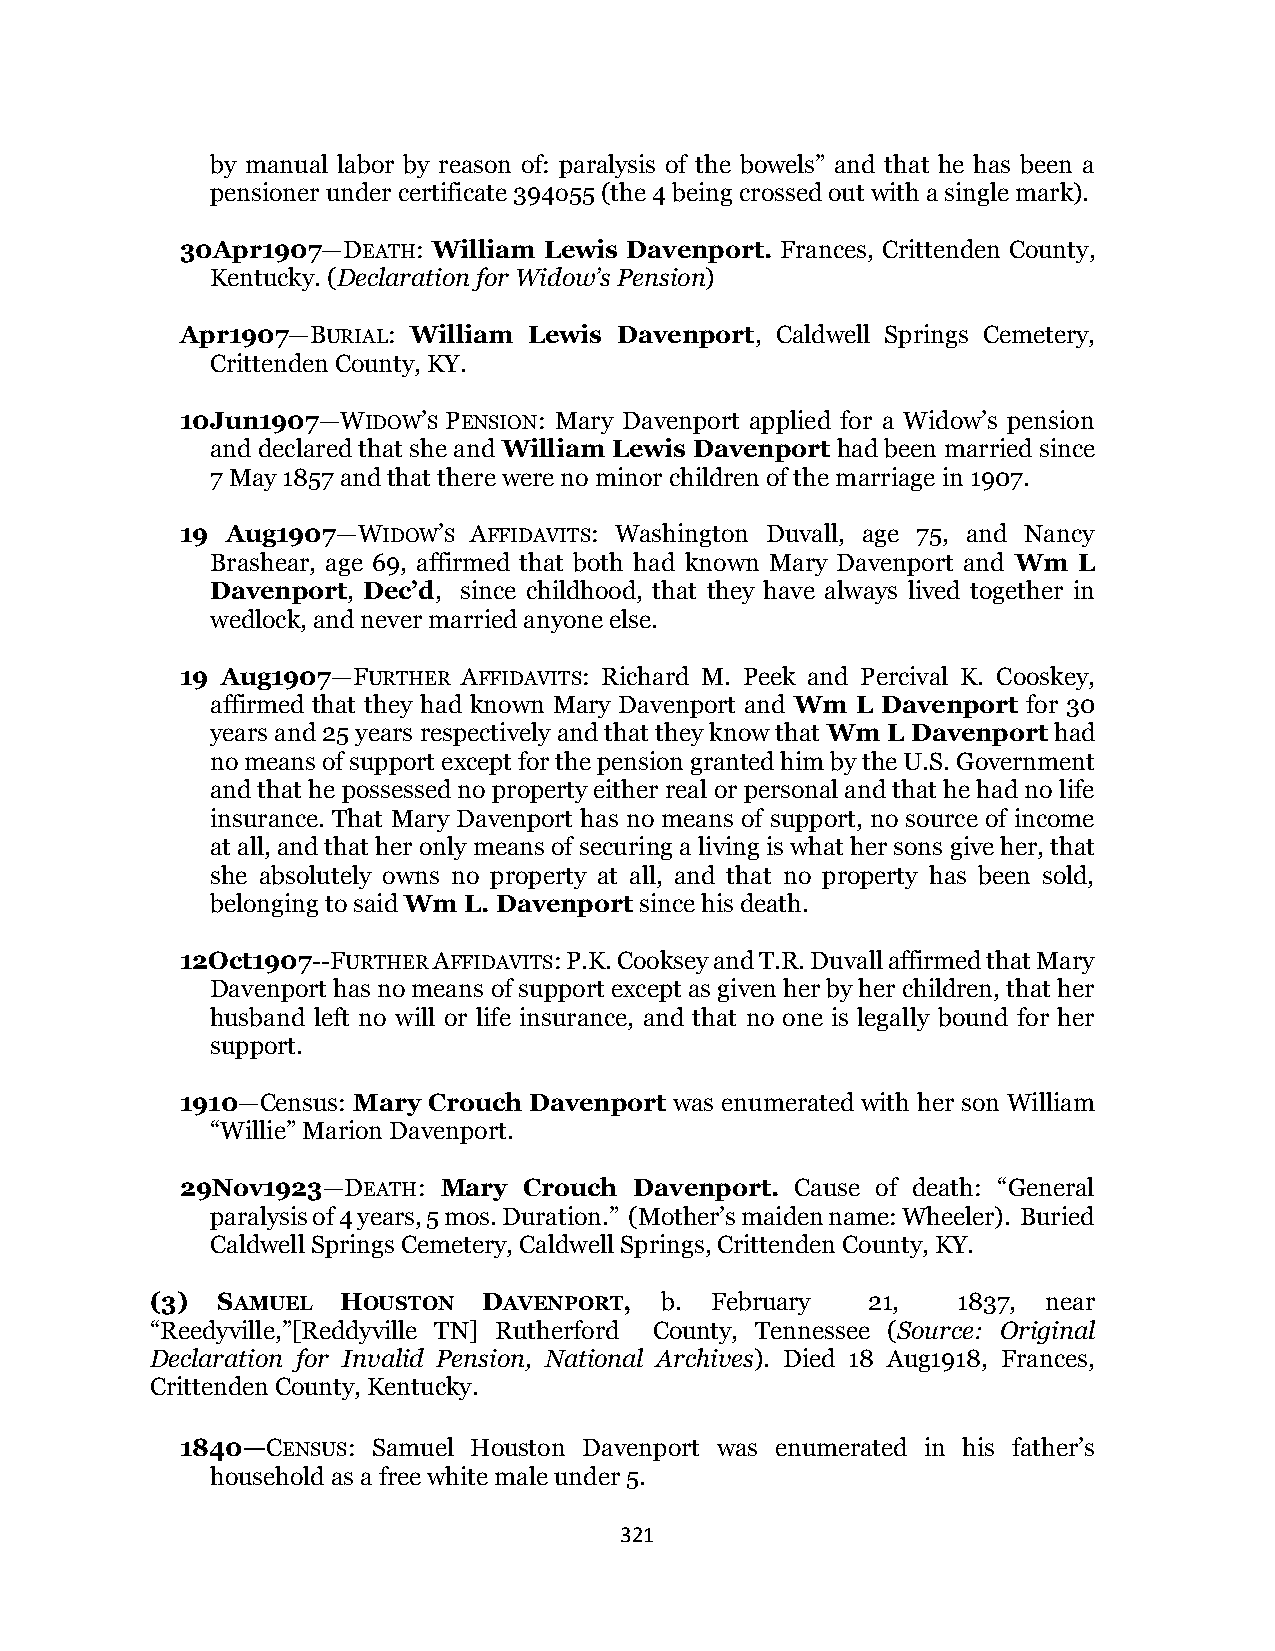
by manual labor by reason of: paralysis of the bowels” and that he has been a
 pensioner under certificate 394o55 (the 4 being crossed out with a single mark).
 30Apr1907—DEATH: William Lewis Davenport. Frances, Crittenden County,
 Kentucky. (Declaration for Widow’s Pension)
 Apr1907—BURIAL: William Lewis Davenport, Caldwell Springs Cemetery,
 Crittenden County, KY.
 10Jun1907—WIDOW’S PENSION: Mary Davenport applied for a Widow’s pension
 and declared that she and William Lewis Davenport had been married since
 7 May 1857 and that there were no minor children of the marriage in 1907.
 19 Aug1907—WIDOW’S AFFIDAVITS: Washington Duvall, age 75, and Nancy
 Brashear, age 69, affirmed that both had known Mary Davenport and Wm L
 Davenport, Dec’d, since childhood, that they have always lived together in
 wedlock, and never married anyone else.
 19 Aug1907—FURTHER AFFIDAVITS: Richard M. Peek and Percival K. Cooskey,
 affirmed that they had known Mary Davenport and Wm L Davenport for 30
 years and 25 years respectively and that they know that Wm L Davenport had
 no means of support except for the pension granted him by the U.S. Government
 and that he possessed no property either real or personal and that he had no life
 insurance. That Mary Davenport has no means of support, no source of income
 at all, and that her only means of securing a living is what her sons give her, that
 she absolutely owns no property at all, and that no property has been sold,
 belonging to said Wm L. Davenport since his death.
 12Oct1907--FURTHER AFFIDAVITS: P.K. Cooksey and T.R. Duvall affirmed that Mary
 Davenport has no means of support except as given her by her children, that her
 husband left no will or life insurance, and that no one is legally bound for her
 support.
 1910—Census: Mary Crouch Davenport was enumerated with her son William
 “Willie” Marion Davenport.
 29Nov1923—DEATH: Mary  Crouch Davenport. Cause of death: “General
 paralysis of 4 years, 5 mos. Duration.” (Mother’s maiden name: Wheeler). Buried
 Caldwell Springs Cemetery, Caldwell Springs, Crittenden County, KY.
 (3) SAMUEL   HOUSTON  DAVENPORT,  b. February   21,  1837, near
 “Reedyville,”[Reddyville TN] Rutherford County, Tennessee (Source: Original
 Declaration for Invalid Pension, National Archives). Died 18 Aug1918, Frances,
 Crittenden County, Kentucky.
 1840—CENSUS: Samuel Houston Davenport was enumerated in his father’s
 household as a free white male under 5.
 321